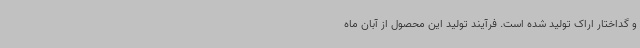
و گداختار اراک‌ تولید شده است. فرآیند تولید این محصول از آبان ماه